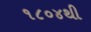
૧૮૦૪થી